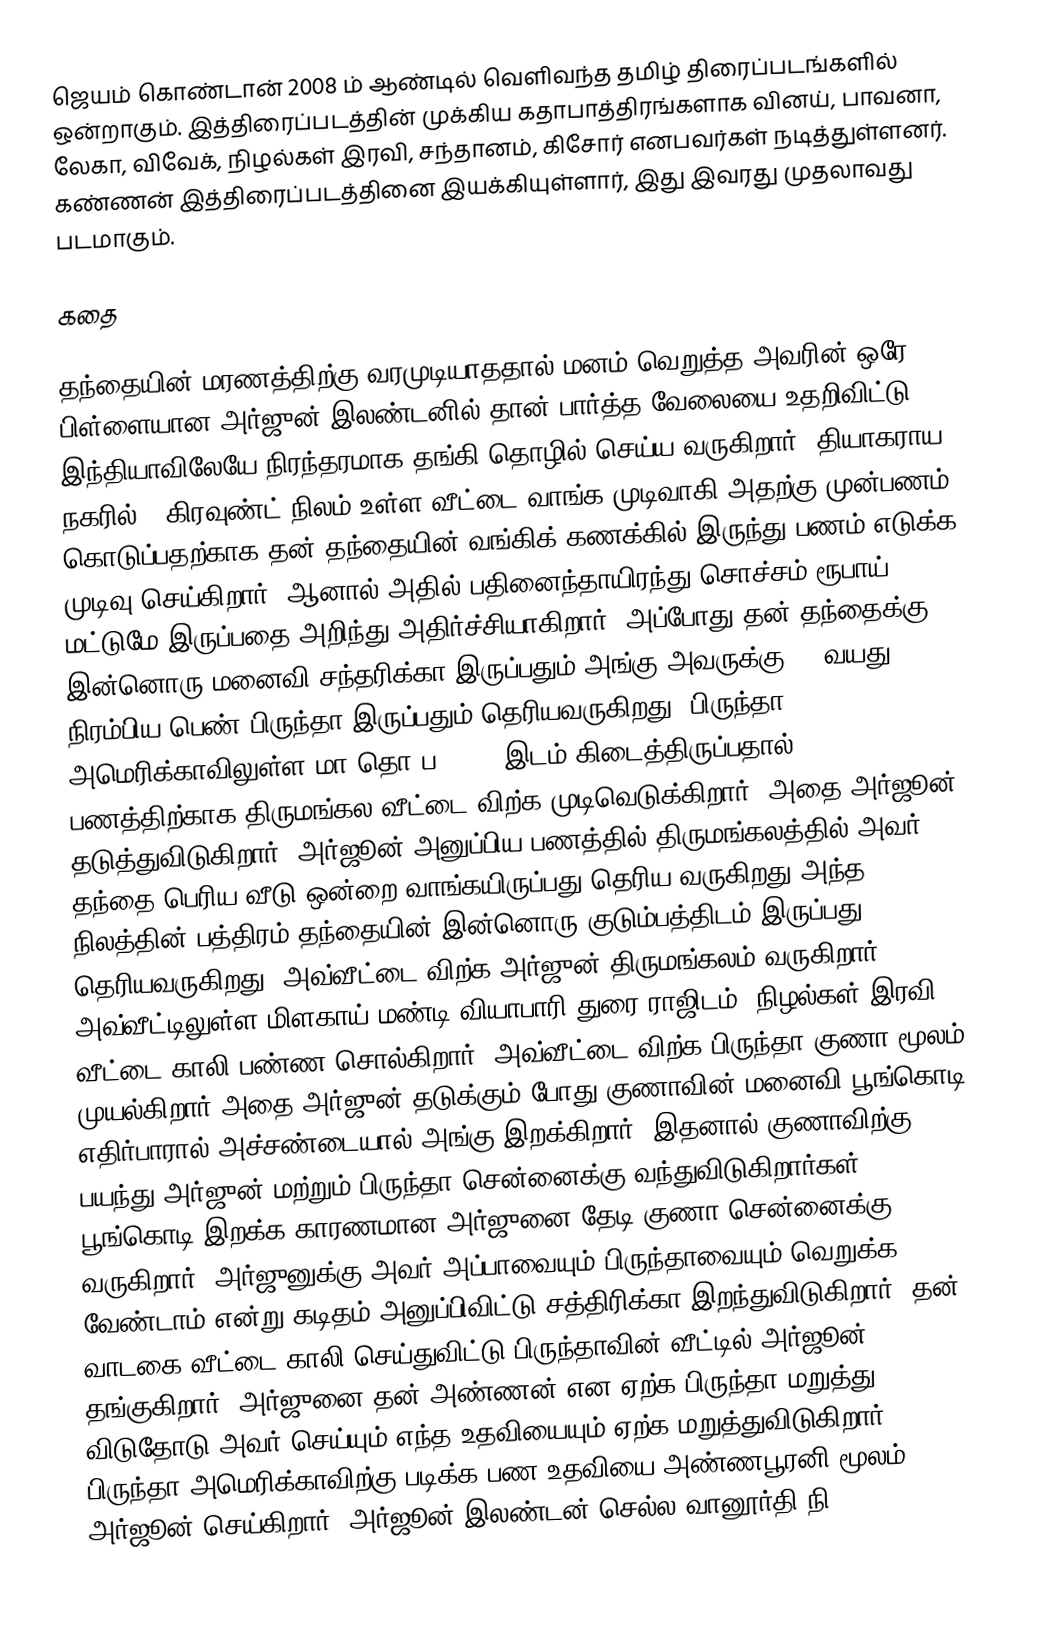
ஜெயம் கொண்டான் 2008 ம் ஆண்டில் வெளிவந்த தமிழ் திரைப்படங்களில் ஒன்றாகும். இத்திரைப்படத்தின் முக்கிய கதாபாத்திரங்களாக வினய், பாவனா, லேகா, விவேக், நிழல்கள் இரவி, சந்தானம், கிசோர் எனபவர்கள் நடித்துள்ளனர். கண்ணன் இத்திரைப்படத்தினை இயக்கியுள்ளார், இது இவரது முதலாவது படமாகும்.

கதை

தந்தையின் மரணத்திற்கு வரமுடியாததால் மனம் வெறுத்த அவரின் ஒரே பிள்ளையான அர்ஜுன் இலண்டனில் தான் பார்த்த வேலையை உதறிவிட்டு இந்தியாவிலேயே நிரந்தரமாக தங்கி தொழில் செய்ய வருகிறார். தியாகராய நகரில் 3 கிரவுண்ட் நிலம் உள்ள வீட்டை வாங்க முடிவாகி அதற்கு முன்பணம் கொடுப்பதற்காக தன் தந்தையின் வங்கிக் கணக்கில் இருந்து பணம் எடுக்க முடிவு செய்கிறார். ஆனால் அதில் பதினைந்தாயிரந்து சொச்சம் ரூபாய் மட்டுமே இருப்பதை அறிந்து அதிர்ச்சியாகிறார். அப்போது தன் தந்தைக்கு இன்னொரு மனைவி சந்தரிக்கா இருப்பதும் அங்கு அவருக்கு 21 வயது நிரம்பிய பெண் பிருந்தா இருப்பதும் தெரியவருகிறது. பிருந்தா அமெரிக்காவிலுள்ள மா.தொ.ப (MIT) இடம் கிடைத்திருப்பதால் பணத்திற்காக திருமங்கல வீட்டை விற்க முடிவெடுக்கிறார். அதை அர்ஜூன் தடுத்துவிடுகிறார். அர்ஜூன் அனுப்பிய பணத்தில் திருமங்கலத்தில் அவர் தந்தை பெரிய வீடு ஒன்றை வாங்கயிருப்பது தெரிய வருகிறது அந்த நிலத்தின் பத்திரம் தந்தையின் இன்னொரு குடும்பத்திடம் இருப்பது தெரியவருகிறது. அவ்வீட்டை விற்க அர்ஜுன் திருமங்கலம் வருகிறார் அவ்வீட்டிலுள்ள மிளகாய் மண்டி வியாபாரி துரை ராஜிடம் (நிழல்கள் இரவி) வீட்டை காலி பண்ண சொல்கிறார். அவ்வீட்டை விற்க பிருந்தா குணா மூலம் முயல்கிறார் அதை அர்ஜுன் தடுக்கும் போது குணாவின் மனைவி பூங்கொடி எதிர்பாரால் அச்சண்டையால் அங்கு இறக்கிறார். இதனால் குணாவிற்கு பயந்து அர்ஜுன் மற்றும் பிருந்தா சென்னைக்கு வந்துவிடுகிறார்கள். பூங்கொடி இறக்க காரணமான அர்ஜுனை தேடி குணா சென்னைக்கு வருகிறார். அர்ஜுனுக்கு அவர் அப்பாவையும் பிருந்தாவையும் வெறுக்க வேண்டாம் என்று கடிதம் அனுப்பிவிட்டு சத்திரிக்கா இறந்துவிடுகிறார். தன் வாடகை வீட்டை காலி செய்துவிட்டு பிருந்தாவின் வீட்டில் அர்ஜூன் தங்குகிறார். அர்ஜுனை தன் அண்ணன் என ஏற்க பிருந்தா மறுத்து விடுதோடு அவர் செய்யும் எந்த உதவியையும் ஏற்க மறுத்துவிடுகிறார். பிருந்தா அமெரிக்காவிற்கு படிக்க பண உதவியை அண்ணபூரனி மூலம் அர்ஜூன் செய்கிறார். அர்ஜூன் இலண்டன் செல்ல வானூர்தி நி